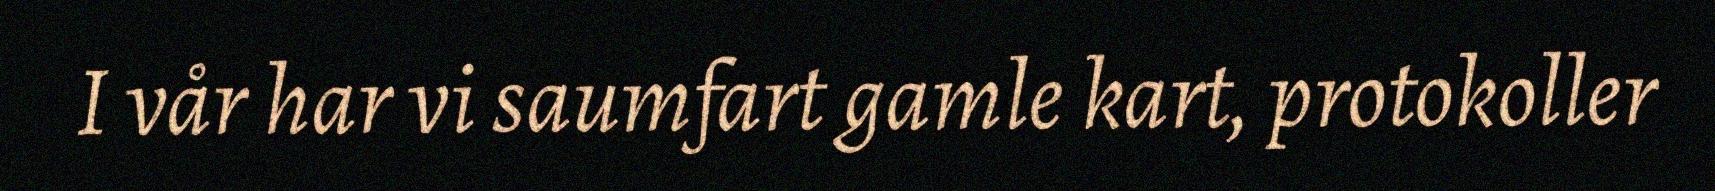
I vår har vi saumfart gamle kart, protokoller